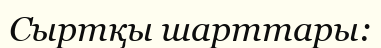
Сыртқы шарттары: